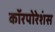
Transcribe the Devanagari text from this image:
कॉरपोरेशंस